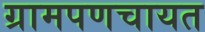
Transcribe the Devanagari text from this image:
ग्रामपणचायत